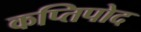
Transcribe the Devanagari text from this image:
कप्तिपोद